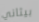
بيثاني